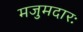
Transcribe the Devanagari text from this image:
मजुमदारः